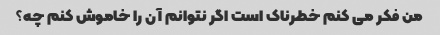
من فکر می کنم خطرناک است اگر نتوانم آن را خاموش کنم چه؟